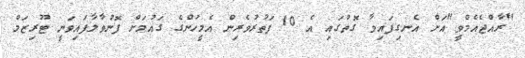
"ރާއްޖެއެމްވީ"އަށް އެނގިފައިވާ ގޮތުގައި އެ 10 ފަތުރުވެރިން އެމީހުންގެ ގައުމަށް ފޮނުވާލާފައިވަނީ ޓޫރިޒަމް